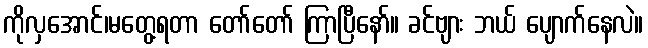
ကိုလှအောင်၊မတွေ့ရတာ တော်တော် ကြာပြီနော်။ ခင်ဗျား ဘယ် ပျောက်နေလဲ။